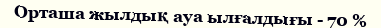
Орташа жылдық ауа ылғалдығы - 70 %